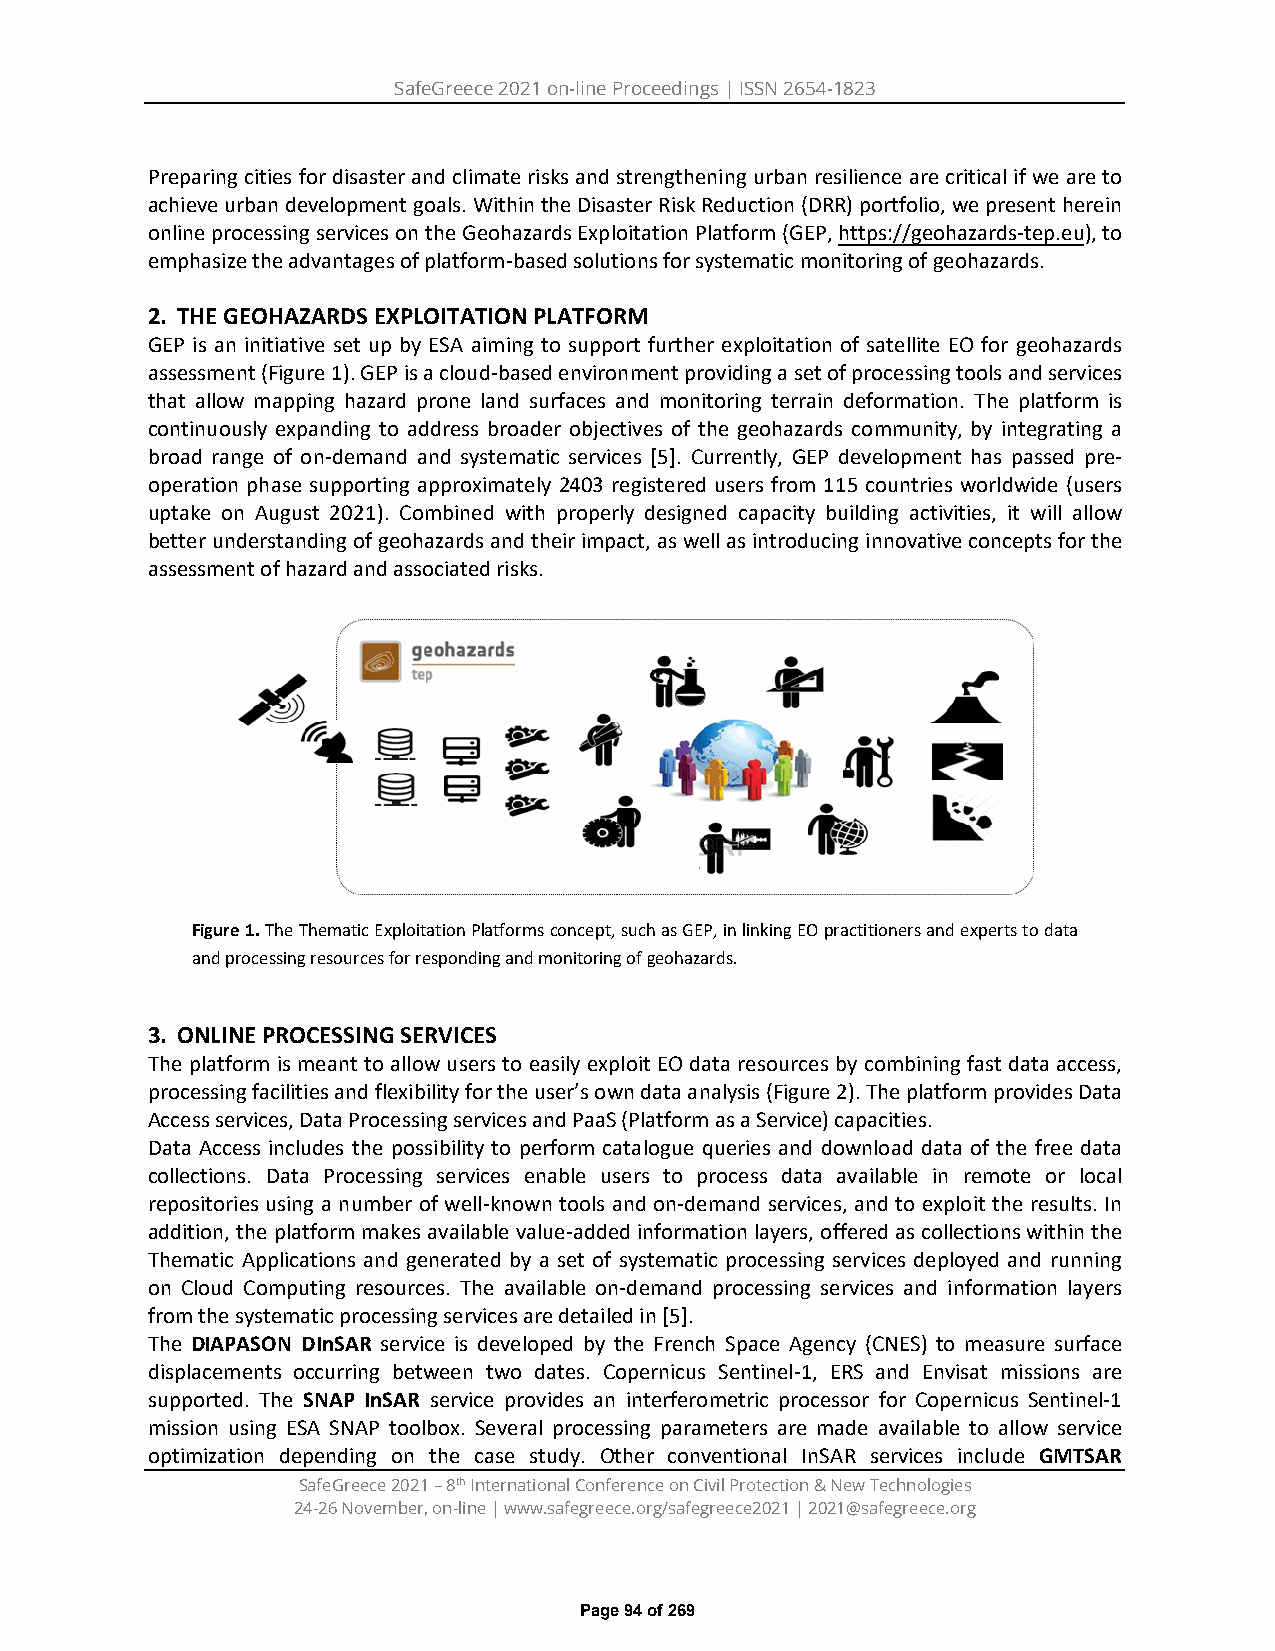
SafeGreece 2021 on-line Proceedings | ISSN 2654-1823
 Preparing cities for disaster and climate risks and strengthening urban resilience are critical if we are to
 achieve urban development goals. Within the Disaster Risk Reduction (DRR) portfolio, we present herein
 online processing services on the Geohazards Exploitation Platform (GEP, https://geohazards-tep.eu), to
 emphasize the advantages of platform-based solutions for systematic monitoring of geohazards.
 2. THE GEOHAZARDS EXPLOITATION PLATFORM
 GEP is an initiative set up by ESA aiming to support further exploitation of satellite EO for geohazards
 assessment (Figure 1). GEP is a cloud-based environment providing a set of processing tools and services
 that allow mapping hazard prone land surfaces and monitoring terrain deformation. The platform is
 continuously expanding to address broader objectives of the geohazards community, by integrating a
 broad range of on-demand and systematic services [5]. Currently, GEP development has passed pre-
 operation phase supporting approximately 2403 registered users from 115 countries worldwide (users
 uptake on August 2021). Combined with properly designed capacity building activities, it will allow
 better understanding of geohazards and their impact, as well as introducing innovative concepts for the
 assessment of hazard and associated risks.
 Figure 1. The Thematic Exploitation Platforms concept, such as GEP, in linking EO practitioners and experts to data
 and processing resources for responding and monitoring of geohazards.
 3. ONLINE PROCESSING SERVICES
 The platform is meant to allow users to easily exploit EO data resources by combining fast data access,
 processing facilities and flexibility for the user’s own data analysis (Figure 2). The platform provides Data
 Access services, Data Processing services and PaaS (Platform as a Service) capacities.
 Data Access includes the possibility to perform catalogue queries and download data of the free data
 collections. Data Processing services enable users to process data available in remote or local
 repositories using a number of well-known tools and on-demand services, and to exploit the results. In
 addition, the platform makes available value-added information layers, offered as collections within the
 Thematic Applications and generated by a set of systematic processing services deployed and running
 on Cloud Computing resources. The available on-demand processing services and information layers
 from the systematic processing services are detailed in [5].
 The DIAPASON DInSAR service is developed by the French Space Agency (CNES) to measure surface
 displacements occurring between two dates. Copernicus Sentinel-1, ERS and Envisat missions are
 supported. The SNAP InSAR service provides an interferometric processor for Copernicus Sentinel-1
 mission using ESA SNAP toolbox. Several processing parameters are made available to allow service
 optimization depending on the case study. Other conventional InSAR services include GMTSAR
 SafeGreece 2021 – 8th International Conference on Civil Protection & New Technologies
 24-26 November, on-line | www.safegreece.org/safegreece2021 | 2021@safegreece.org
 Page 94 of 269